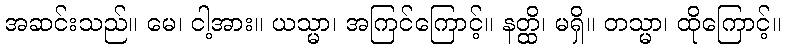
အဆင်းသည်။ မေ၊ ငါ့အား။ ယသ္မာ၊ အကြင်ကြောင့်။ နတ္ထိ၊ မရှိ။ တသ္မာ၊ ထိုကြောင့်။